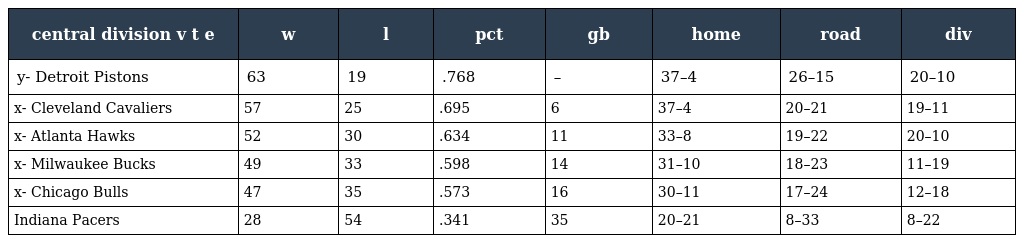
| central division v t e | w | l | pct | gb | home | road | div |
 | --- | --- | --- | --- | --- | --- | --- | --- |
 | y- Detroit Pistons | 63 | 19 | .768 | – | 37–4 | 26–15 | 20–10 |
 | x- Cleveland Cavaliers | 57 | 25 | .695 | 6 | 37–4 | 20–21 | 19–11 |
 | x- Atlanta Hawks | 52 | 30 | .634 | 11 | 33–8 | 19–22 | 20–10 |
 | x- Milwaukee Bucks | 49 | 33 | .598 | 14 | 31–10 | 18–23 | 11–19 |
 | x- Chicago Bulls | 47 | 35 | .573 | 16 | 30–11 | 17–24 | 12–18 |
 | Indiana Pacers | 28 | 54 | .341 | 35 | 20–21 | 8–33 | 8–22 |